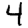
Digit: 4